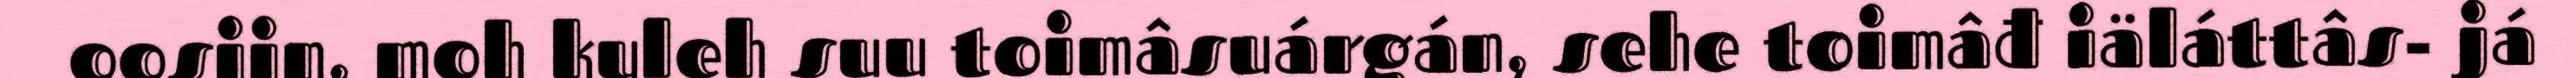
oosijn, moh kuleh suu toimâsuárgán, sehe toimâđ iäláttâs- já